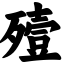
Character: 殪